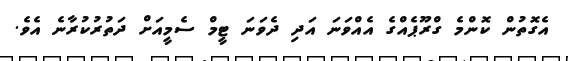
އެގޮތުން ކޮންމެ ގްރޫޕެއްގެ އެއްވަނަ އަދި ދެވަނަ ޓީމް ސެމީއަށް ދަތުރުކުރާނެ އެވެ.